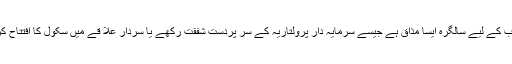
غریب کے لیے سالگرہ ایسا مذاق ہے جیسے سرمایہ دار پرولتاریہ کے سر پردستِ شفقت رکھے یا سردار علا قے میں سکول کا افتتاح کرے۔